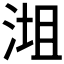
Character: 𣶝